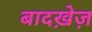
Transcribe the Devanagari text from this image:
बादख़ेज़